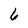
Character: 6